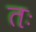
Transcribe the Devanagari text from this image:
तः